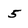
Character: 5